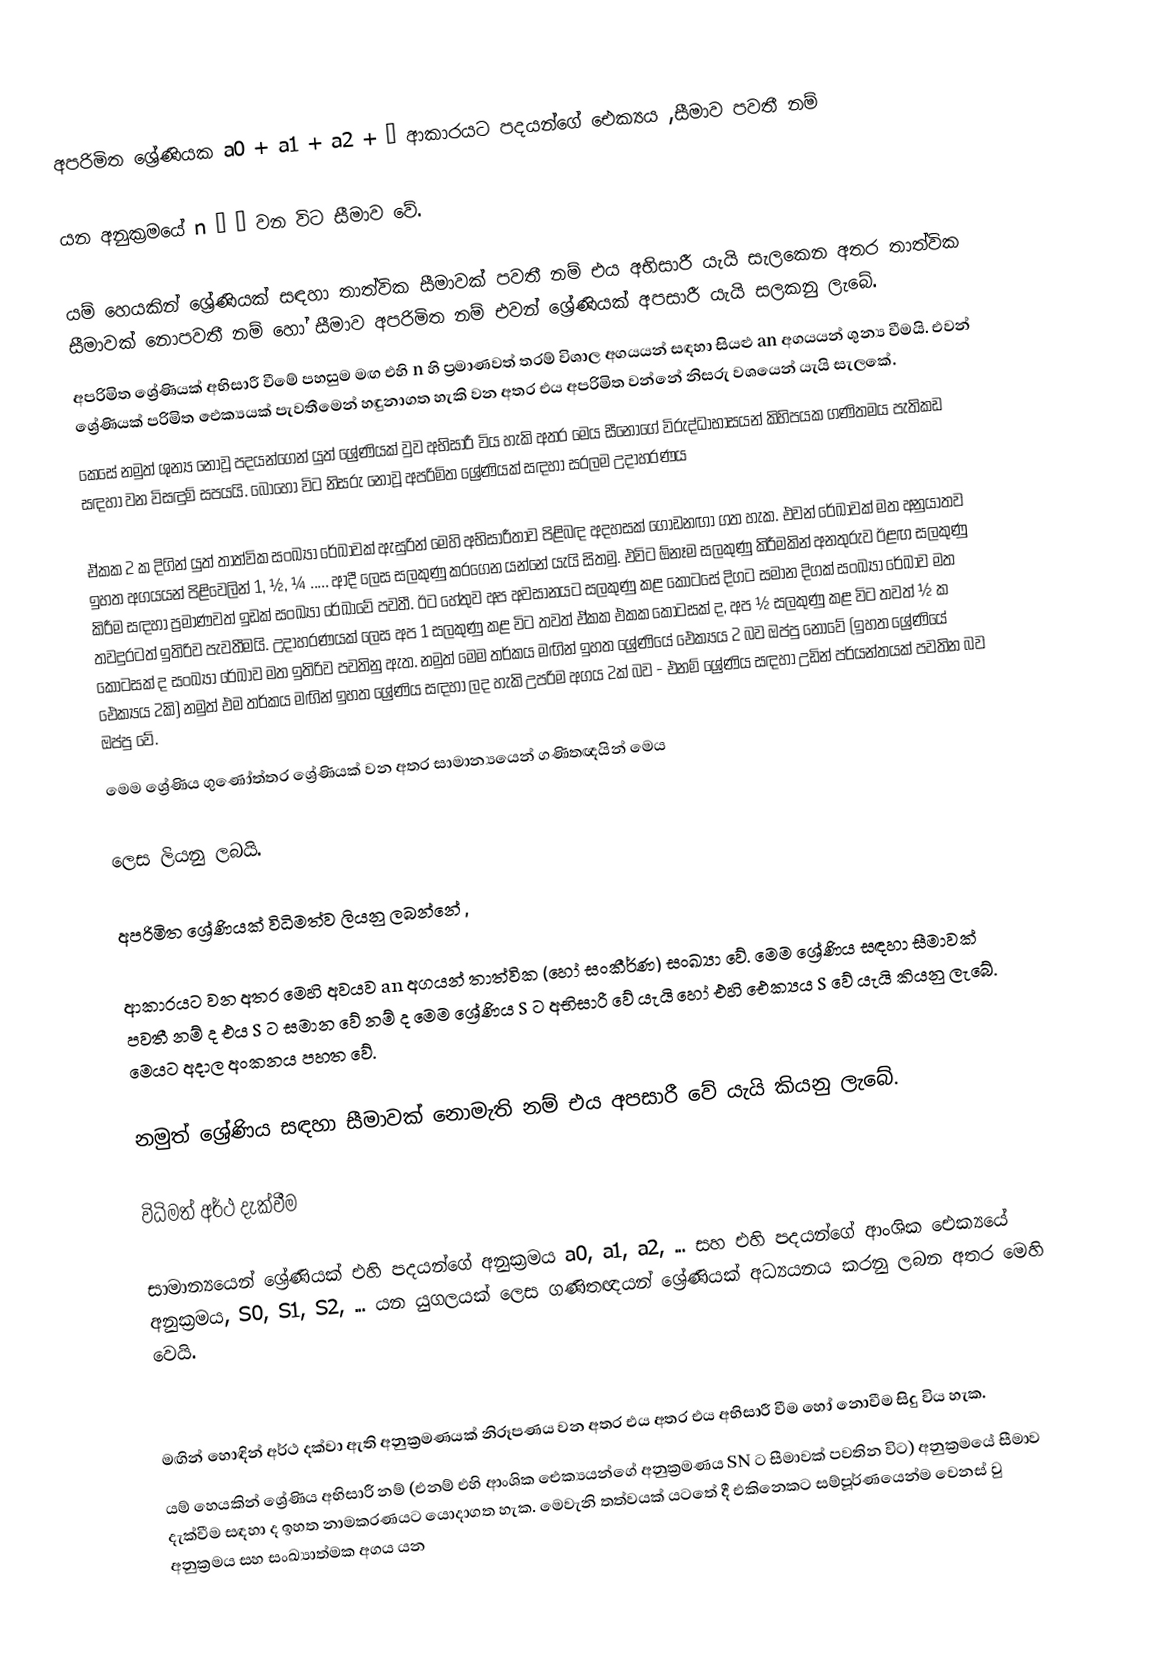
අපරිමිත ශ්‍රේණියක a0 + a1 + a2 + … ආකාරයට පදයන්ගේ ඓක්‍යය ,සීමාව පවතී නම්

යන අනුක්‍රමයේ n → ∞ වන විට සීමාව වේ.

යම් හෙයකින් ශ්‍රේණියක් සඳහා තාත්වික සීමාවක් පවතී නම් එය අභිසාරී යැයි සැලකෙන අතර තාත්වික සීමාවක් නොපවතී නම් හෝ සීමාව අපරිමිත නම් එවන් ශ්‍රේණියක් අපසාරී යැයි සලකනු ලැබේ.
අපරිමිත ශ්‍රේණියක් අභිසාරී වීමේ පහසුම මඟ එහි n හි ප්‍රමාණවත් තරම් විශාල අගයයන් සඳහා සියළු an අගයයන් ශුන්‍ය වීමයි. එවන් ශ්‍රේණියක් පරිමිත ඓක්‍යයක් පැවතීමෙන් හඳුනාගත හැකි වන අතර එය අපරිමිත වන්නේ නිසරු වශයෙන් යැයි සැ‍ලකේ.
කෙසේ නමුත් ශුන්‍ය නොවූ පදයන්ගෙන් යුත් ශ්‍රේණියක් වුව අභිසාරී විය හැකි අතර මෙය සීනෝගේ විරුද්ධාභාසයන් කිහිපයක ගණිතමය පැතිකඩ සඳහා වන විසඳුම් සපයයි. බොහෝ විට නිසරු නොවූ අපරිමිත ශ්‍රේණියක් සඳහා සරලම උදාහරණය

ඒකක 2 ක දිගින් යුත් තාත්වික සංඛ්‍යා රේඛාවක් ඇසුරින් මෙහි අභිසාරීතාව පිළිබඳ අදහසක් ගොඩනඟා ගත හැක. එවන් ‍රේඛාවක් මත අනුයාතව ඉහත අගයයන් පිළිවෙලින් 1, ½, ¼ ..... ආදී ලෙස සලකුණු කරගෙන යන්නේ යැයි සිතමු. එවිට ඕනෑම සලකුණු කිරීමකින් අනතුරුව ඊළඟ සලකුණු කිරීම සඳහා ප්‍රමාණවත් ඉඩක් සංඛ්‍යා රේඛ‍ාවේ පවතී. ඊට හේතුව අප අවසානයට සලකුණු කළ කොටසේ දිගට සමාන දිගක් සංඛ්‍යා රේඛාව මත තවදුරටත් ඉතිරිව පැවතීමයි. උදාහරණයක් ලෙස අප 1 සලකුණු කළ විට තවත් ඒකක එකක කොටසක් ද, අප ½ සලකුණු කළ විට තවත් ½ ක කොටසක් ද සංඛ්‍යා රේඛාව මත ඉතිරිව පවතිනු ඇත. නමුත් මෙම තර්කය මඟින් ඉහත ශ්‍රේණියේ ඓක්‍යය 2 බව ඔප්පු නොවේ (ඉහත ශ්‍රේණියේ ඓක්‍යය 2කි) නමුත් එම තර්කය මඟින් ඉහත ශ්‍රේණිය සඳහා ලද හැකි උපරිම අගය 2ක් බව - එනම් ශ්‍රේණිය සඳහා උඩින් පර්යන්තයක් පවතින බව ඔප්පු වේ.
මෙම ශ්‍රේණි‍ය ගුණෝත්තර ශ්‍රේණියක් වන අතර සාමාන්‍යයෙන් ගණිතඥයින් මෙය

 ලෙස ලියනු ලබයි.

අපරිමිත ශ්‍රේණියක් විධිමත්ව ලියනු ලබන්නේ ,

ආකාරයට වන අතර මෙහි අවයව an අගයන් තාත්වික (හෝ සංකීර්ණ) සංඛ්‍යා වේ. මෙම ශ්‍රේණිය සඳහා සීමාවක් පවතී නම් ද එය S ට සමාන වේ නම් ද මෙම ශ්‍රේණි‍ය S ට අභිසාරී වේ යැයි හෝ එහි ඓක්‍යය S වේ යැයි කියනු ලැබේ. මෙයට අදාල අංකනය පහත වේ.

නමුත් ශ්‍රේණිය සඳහා සීමාවක් නොමැති නම් එය අපසාරී වේ යැයි කියනු ලැබේ.

විධිමත් අර්ථ දැක්වීම

සාමාන්‍යයෙන් ශ්‍රේණියක් එහි පදයන්ගේ අනුක්‍රමය a0, a1, a2, ... සහ එහි පදයන්ගේ ආංශික ඓක්‍යයේ  අනුක්‍රමය, S0, S1, S2, ... යන යුගලයක් ලෙස ගණිතඥයන් ශ්‍රේණියක් අධ්‍යයනය කරනු ලබන අතර මෙහි  වෙයි.

මඟින් හොඳින් අර්ථ දක්වා ඇති අනුක්‍රමණයක් නිරූපණය වන අතර එය අතර එය අභිසාරී වීම හෝ නොවීම සිදු විය හැක.
යම් හෙයකින් ශ්‍රේණිය අභිසාරී නම් (එනම් එහි ආංශික ඓක්‍යයන්ගේ අනුක්‍රමණය  SN  ට සීමාවක් පවතින විට) අනුක්‍රමයේ සීමාව දැක්වීම සඳහා ද ඉහත නාමකරණයට යොදාගත හැක. මෙවැනි තත්වයක් යටතේ දී එකිනෙකට සම්පූර්ණයෙන්ම වෙනස් වු අනුක්‍රමය සහ සංඛ්‍යාත්මක අගය යන